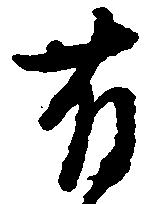
有